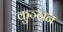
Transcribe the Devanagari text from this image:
कुञ्ञन